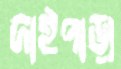
দাইপাড়া